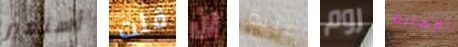
أستعير قلت لن عتبة روم الإصابة